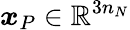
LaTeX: \boldsymbol{x}_{P}\in\mathbb{R}^{3n_{N}}